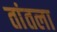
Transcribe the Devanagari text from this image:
तांतला